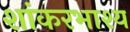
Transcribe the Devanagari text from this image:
शांकरभाश्य